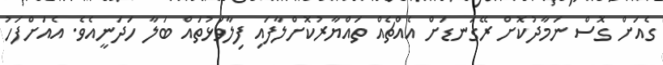
ގެއަށް ގޮސް ނަމާދުކޮށް ރޭގަނޑަށް އެއްޗެއް ތައްޔާރުކޮށްލާފައި ފިލާވަޅުތައް ބަލާ ހަދަނީއެވެ. އެއަށްފަހު